Annual administration report of the Civil Veterinary Department of India - 1896-1897
Year: 1896
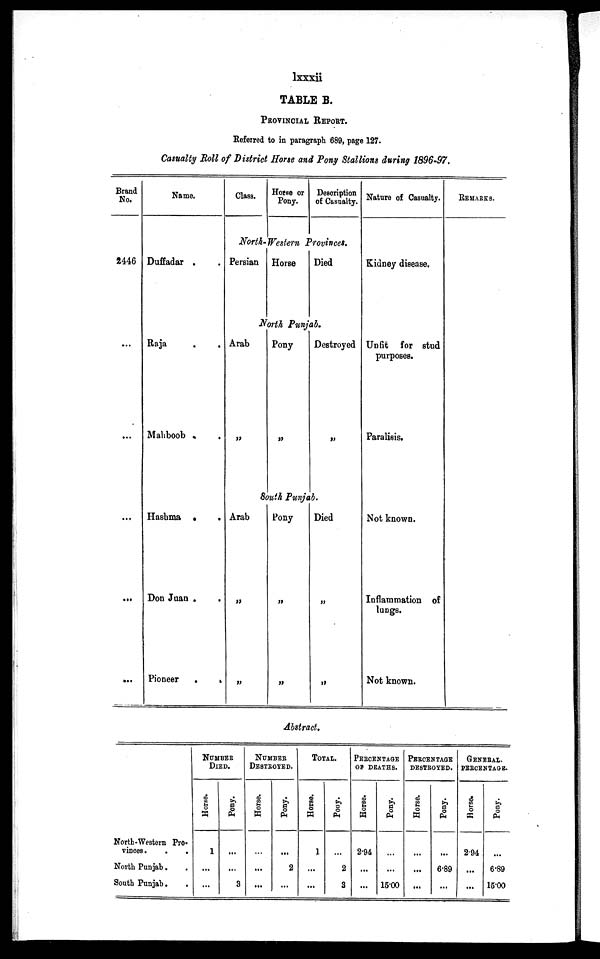
lxxxii
TABLE B.
PROVINCIAL REPORT.
Referred to in paragraph 689, page 127.
Casualty Roll of District Horse and Pony Stallions during 1896-97.
Brand
No.
2446
...
...
...
...
...
Name.
Duffadar . .
Raja . .
Mahboob . .
Hashma
.
.
Don Juan . .
Pioneer
.
.
Class.
Horse or
Pony.
Description
of Casualty.
North-Western
Provinces.
Persian
Horse
Died
North
Punjab.
Arab
„
Pony
„
Destroyed
„
South Punjab.
Arab
„
„
Pony
„
„
Died
„
„
Nature of Casualty.
Kidney disease.
Unfit
for stud
purposes.
Paralisis.
Not known.
Inflammation of
lungs.
Not known.
REMARKS.
Abstract.
North-Western Pro-
vinces .
.
.
North Punjab . .
South Punjab .
.
NUMBER
DIED.
Horse.
1
...
...
Pony.
...
...
3
NUMBER
DESTROYED.
Horse.
...
...
...
Pony.
...
2
...
TOTAL.
Horse.
1
...
...
Pony.
...
2
3
PERCENTAGE
OF DEATHS.
Horse.
2.94
...
...
Pony.
...
...
15.00
PERCENTAGE
DESTROYED.
Horse.
...
...
...
Pony.
...
6.89
...
GENERAL.
PERCENTAGE.
Horse.
294
...
...
Pony.
...
6.89
15.00